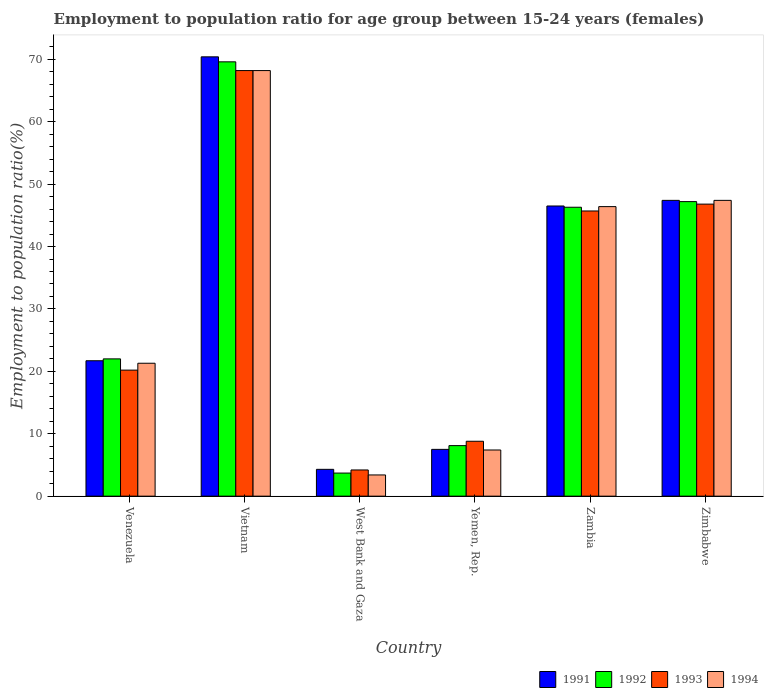
| Country | 1991 | 1992 | 1993 | 1994 |
 | --- | --- | --- | --- | --- |
 | Venezuela | 21.7 | 22 | 20.2 | 21.3 |
 | Vietnam | 70.4 | 69.6 | 68.2 | 68.2 |
 | West Bank and Gaza | 4.3 | 3.7 | 4.2 | 3.4 |
 | Yemen, Rep. | 7.5 | 8.1 | 8.8 | 7.4 |
 | Zambia | 46.5 | 46.3 | 45.7 | 46.4 |
 | Zimbabwe | 47.4 | 47.2 | 46.8 | 47.4 |